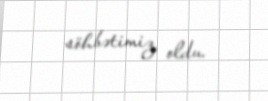
söhbətimiz oldu.